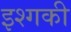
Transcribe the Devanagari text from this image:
इश्गकी